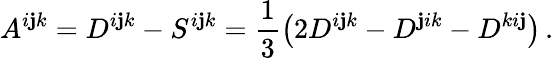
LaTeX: A^{i\mathbf{j}k}=D^{i\mathbf{j}k}-S^{i\mathbf{j}k}=\frac{1}{3}\left(2D^{i\mathbf{j}k}-D^{\mathbf{j}ik}-D^{ki\mathbf{j}}\right)\, .